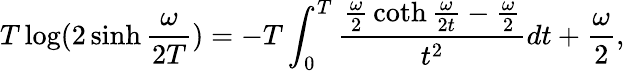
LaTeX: T\log(2\sinh{\frac{\omega}{2T}})=-T\int_{0}^{T}{\frac{{\frac{\omega}{2}}\coth{\frac{\omega}{2t}}-{\frac{\omega}{2}}}{t^{2}}}dt+{\frac{\omega}{2}},